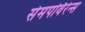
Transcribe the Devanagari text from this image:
सेमपर्विरेन्स